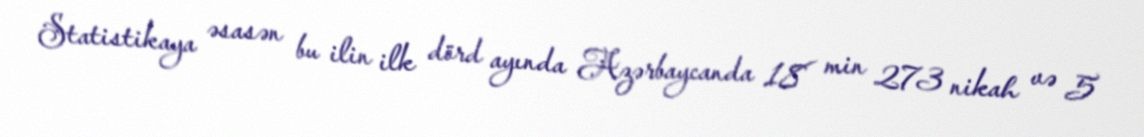
Statistikaya əsasən bu ilin ilk dörd ayında Azərbaycanda 18 min 273 nikah və 5